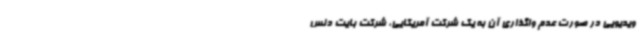
ویدیویی در صورت عدم واگذاری آن به یک شرکت آمریکایی، شرکت بایت دنس